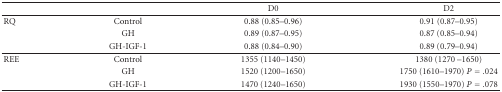
<table><thead><tr><td></td><td></td><td><b>D0</b></td><td><b>D2</b></td></tr></thead><tbody><tr><td>RQ</td><td>Control</td><td>0.88 (0.85–0.96)</td><td>0.91 (0.87–0.95)</td></tr><tr><td></td><td>GH</td><td>0.89 (0.87–0.95)</td><td>0.87 (0.85–0.94)</td></tr><tr><td></td><td>GH-IGF-1</td><td>0.88 (0.84–0.90)</td><td>0.89 (0.79–0.94) </td></tr><tr><td>REE</td><td>Control</td><td>1355 (1140–1450)</td><td>1380 (1270 –1650)</td></tr><tr><td></td><td>GH</td><td>1520 (1200–1650)</td><td>1750 (1610–1970) <i>P</i> = .024</td></tr><tr><td></td><td>GH-IGF-1</td><td>1470 (1240–1650)</td><td>1930 (1550–1970) <i>P</i> = .078</td></tr></tbody></table>